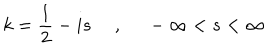
k = \frac { 1 } { 2 } - i s ~ ~ , ~ ~ - \infty < s < \infty